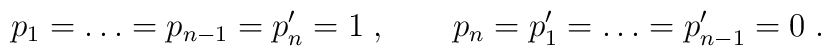
p_1 = \ldots = p_{n-1} = p_n' =1 \;, \qquad p_n = p_1' = \ldots = p_{n-1}'=0\;.